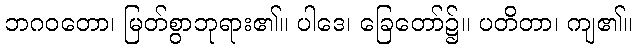
ဘဂဝတော၊ မြတ်စွာဘုရား၏။ ပါဒေ၊ ခြေတော်၌။ ပတိတာ၊ ကျ၏။